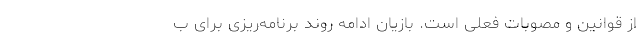
از قوانین و مصوبات فعلی است. بازیان ادامه روند برنامه‌ریزی برای ب